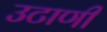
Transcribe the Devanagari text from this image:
उटाणी